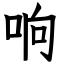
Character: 响